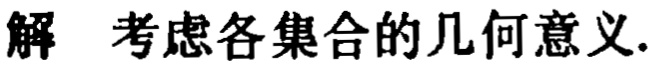
解 考虑各集合的几何意义.